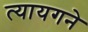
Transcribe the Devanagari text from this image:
त्यायगने